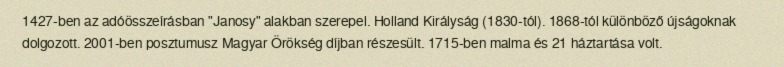
1427-ben az adóösszeírásban "Janosy" alakban szerepel. Holland Királyság (1830-tól). 1868-tól különböző újságoknak dolgozott. 2001-ben posztumusz Magyar Örökség díjban részesült. 1715-ben malma és 21 háztartása volt.